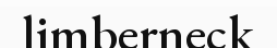
limberneck